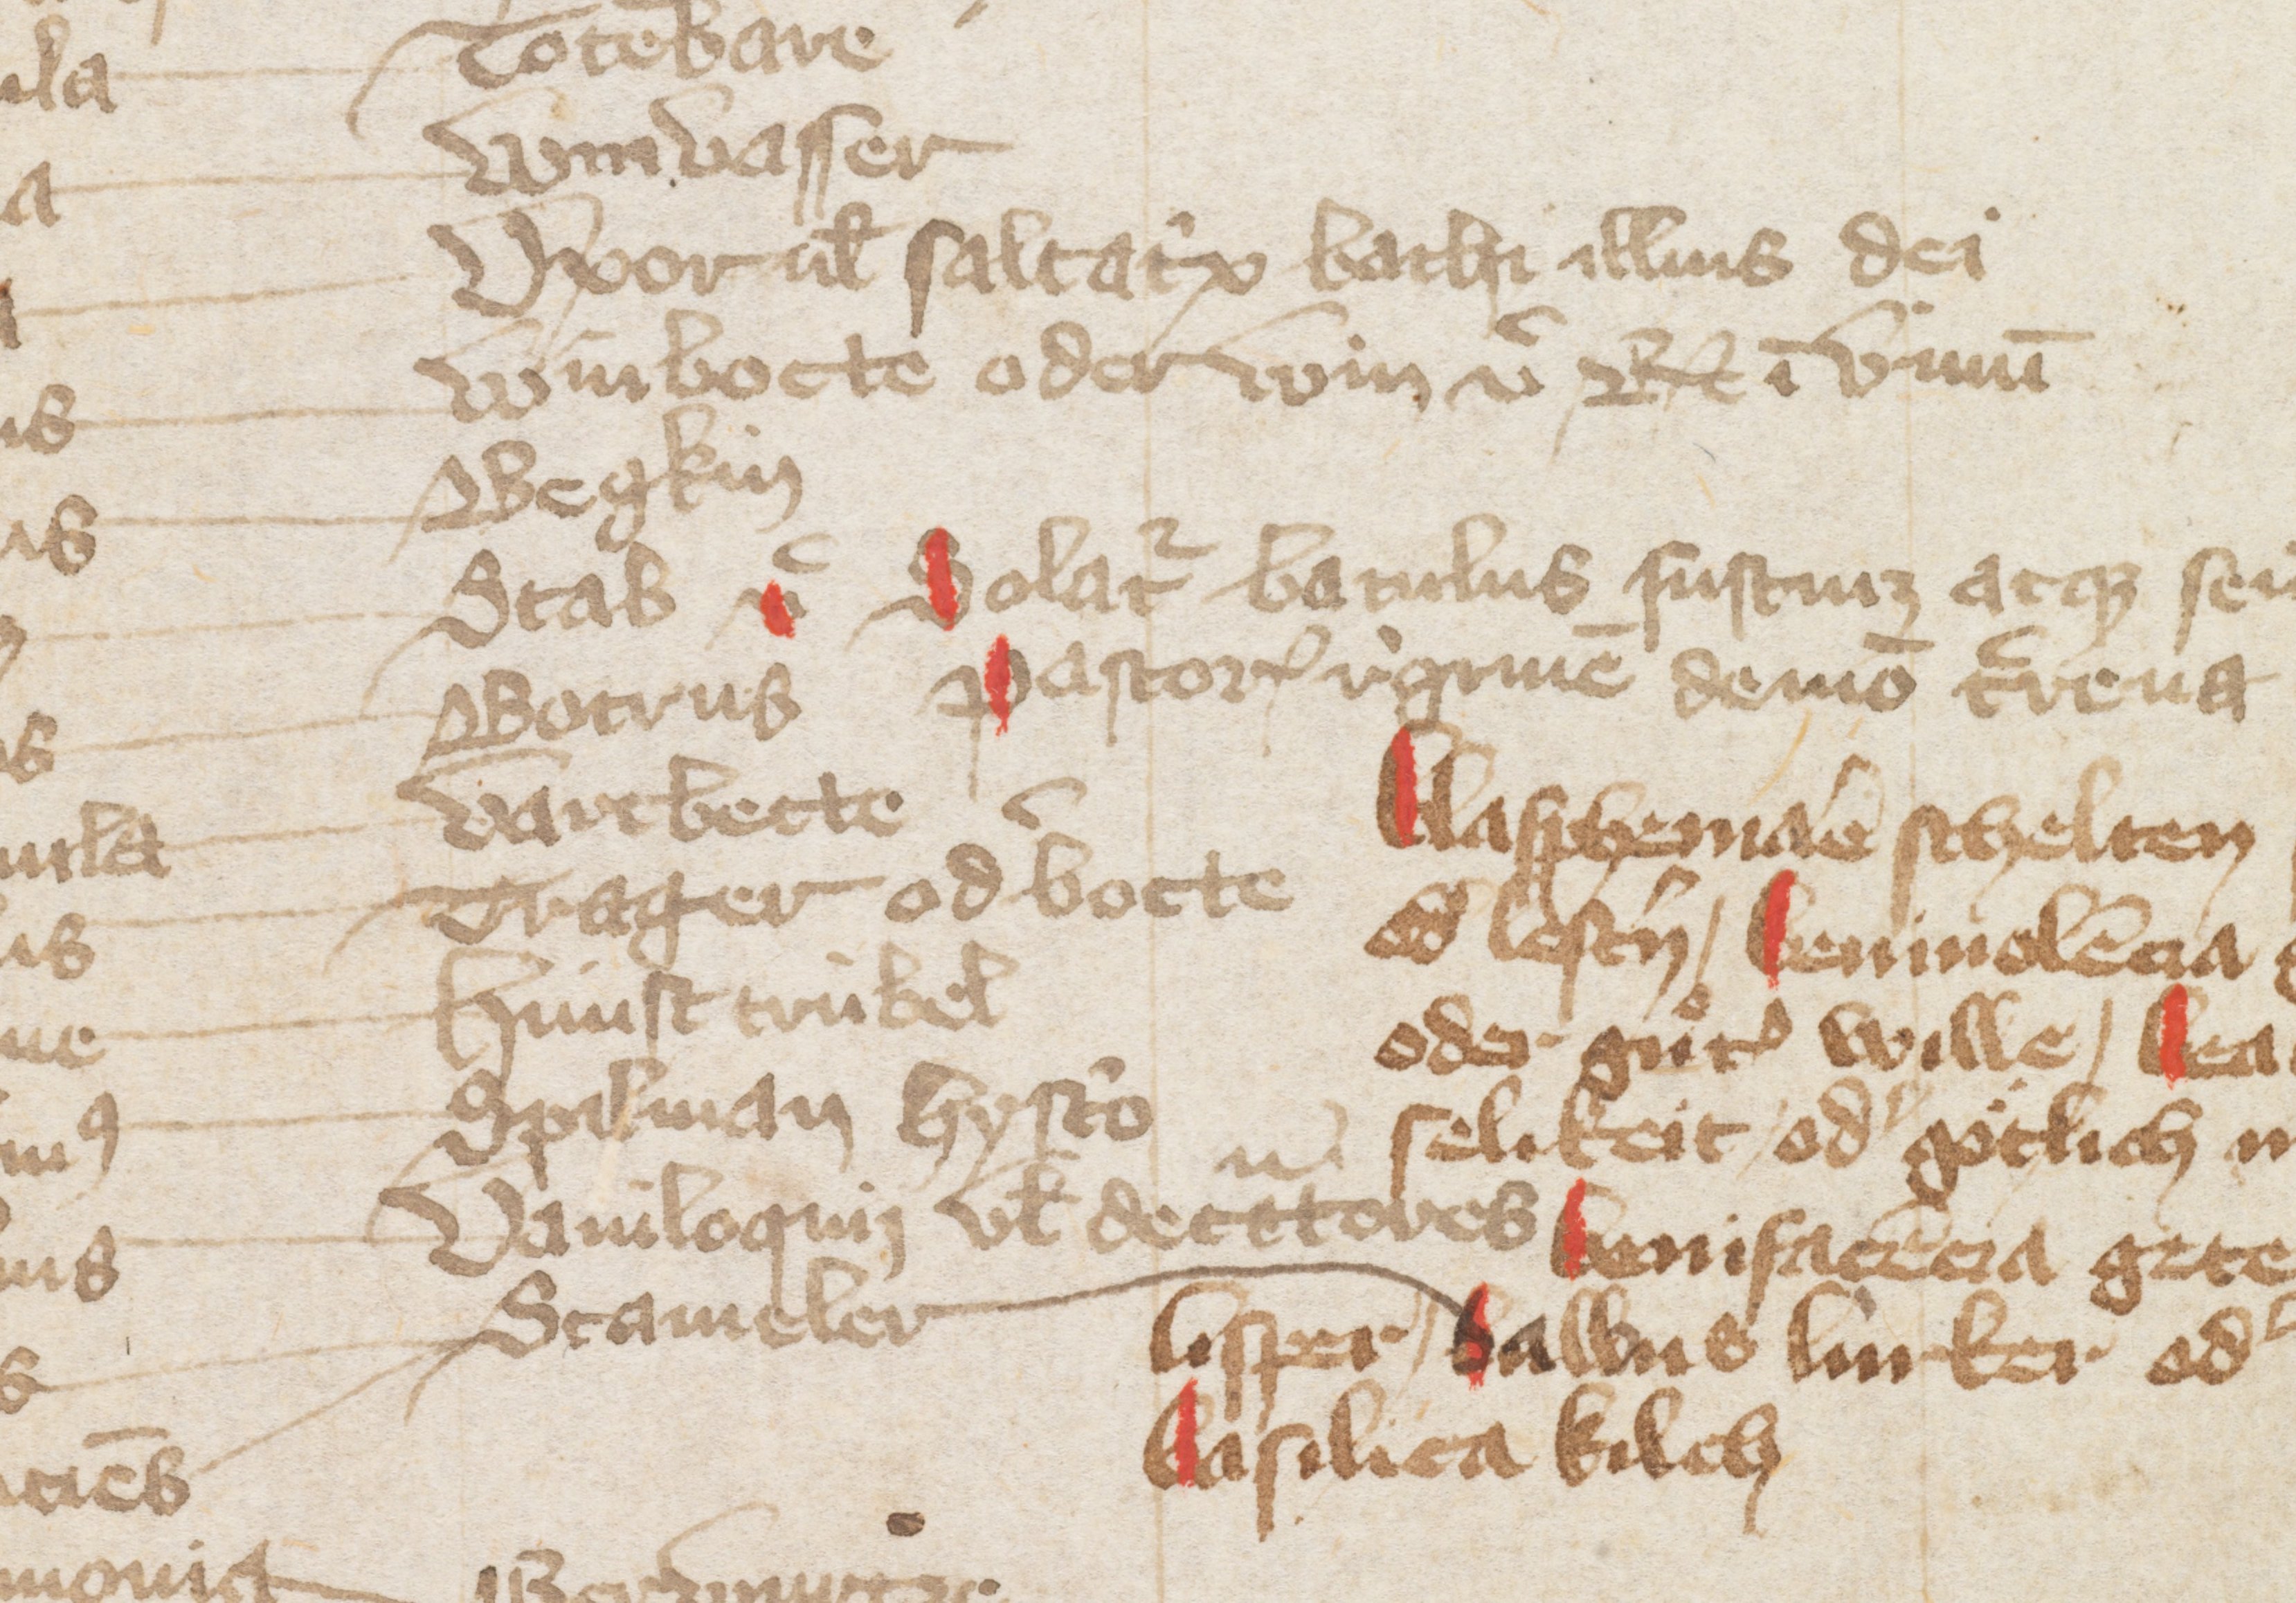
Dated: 1384–1384